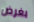
بغرض